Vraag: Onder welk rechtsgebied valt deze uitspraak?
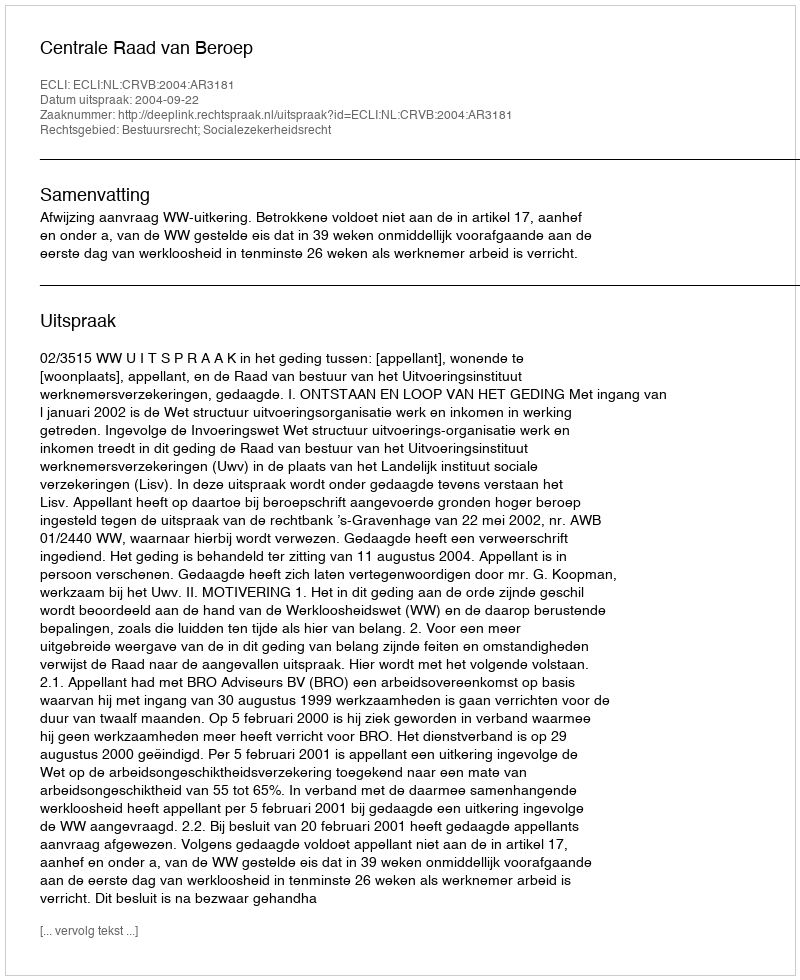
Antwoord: Bestuursrecht; Socialezekerheidsrecht